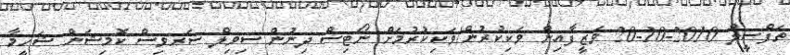
ތަފްސީލް 2010-10-20 ވަޒީފާއިން ވަކިކުރުން/ވަކިކުރުމަށް ނޯޓިސް ދިނުން ސިވިލް ސަރވިސް ކޮމިޝަން ޝަހީމާ